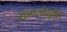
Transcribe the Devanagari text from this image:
समाजोन्नति